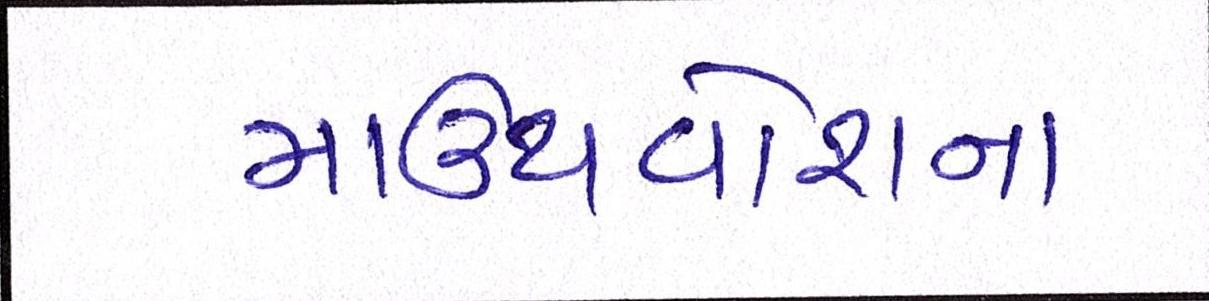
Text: માઉથવોશના